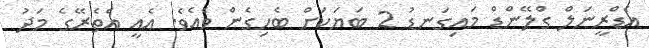
އެޑްރީނަލް ގްލޭންޑް މައިގަނޑު 2 ބަޔަކަށް ބެހިގެން ވެއެވެ. އެއީ އެތެރޭގެ މަދު